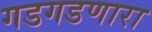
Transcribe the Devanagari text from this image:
गडगडणारा